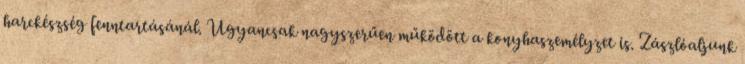
harckészség fenntartásánál. Ugyancsak nagyszerűen működött a konyhaszemélyzet is. Zászlóaljunk